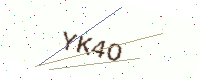
Text: YK4O